Report on vaccination in Madras 1895-1903 - 1895-1903
Year: 1895
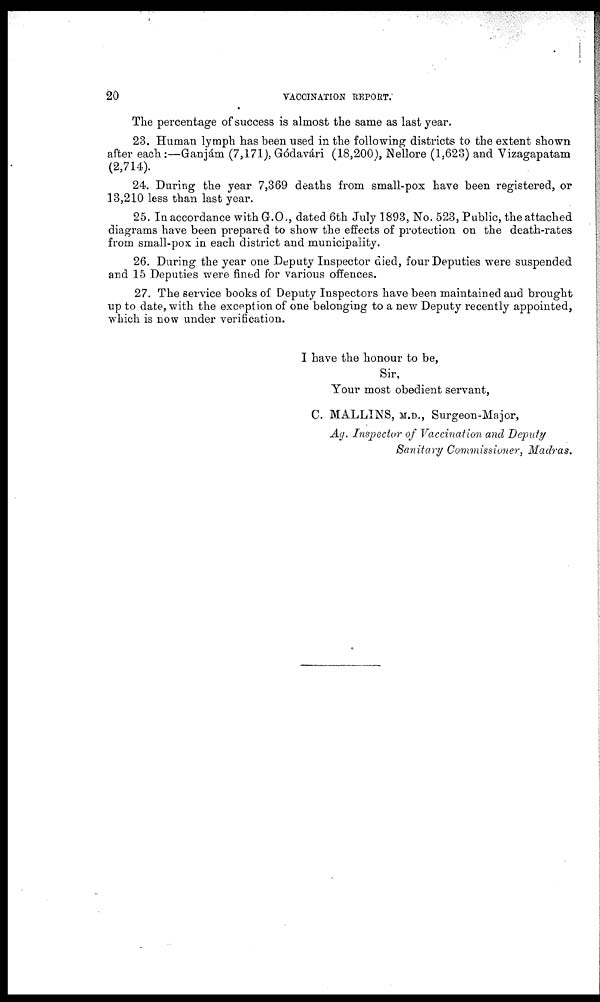
20
VACCINATION REPORT.
The percentage of success is almost the same as last year.
23. Human lymph has been used in the following districts to the extent shown
after each:—Ganjám (7,171), Gódavári (18,200), Nellore (1,623) and Vizagapatam
(2,714).
24. During the year 7,369 deaths from small-pox have been registered, or
13,210 less than last year.
25. In accordance with G.O., dated 6th July 1893, No. 523, Public, the attached
diagrams have been prepared to show the effects of protection on the death-rates
from small-pox in each district and municipality.
26. During the year one Deputy Inspector died, four Deputies were suspended
and 15 Deputies were fined for various offences.
27. The service books of Deputy Inspectors have been maintained and brought
up to date, with the exception of one belonging to a new Deputy recently appointed,
which is now under verification.
I have the honour to be,
Sir,
Your most obedient servant,
C. MALLINS, M.D., Surgeon-Major,
Ag. Inspector of Vaccination and Deputy
Sanitary Commissioner, Madras.